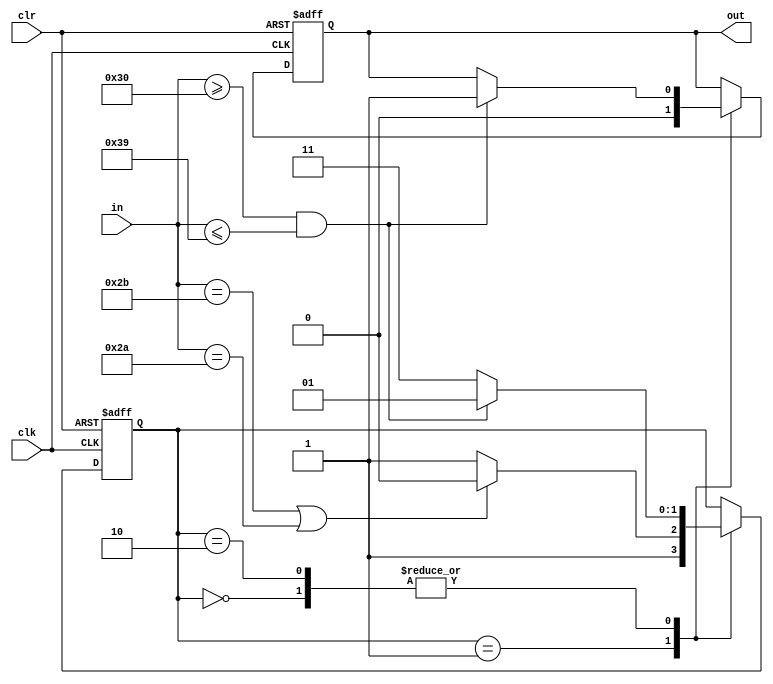
`timescale 1ns / 1ps
//////////////////////////////////////////////////////////////////////////////////
// Company: 
// Engineer: 
// 
// Design Name: 
// Module Name:    string 
// Project Name: 
// Target Devices: 
// Tool versions: 
// Description: 
//
// Dependencies: 
//
// Revision: 
// Revision 0.01 - File Created
// Additional Comments: 
//
//////////////////////////////////////////////////////////////////////////////////
module string(
    input clk,
    input clr,
    input [7:0] in,
    output reg out
    );

	parameter INIT = 2'b00, VALID = 2'b01, INVALID = 2'b10, FAIL = 2'b11;
	reg [1:0] st;

	initial begin
		out <= 0;
		st <= 0;
	end
	
	always @ (posedge clk or posedge clr) begin
		if (clr == 1) begin
			out <= 0;
			st <= 0;
		end
		else begin
			case (st)
				INIT: begin
					if (in >= "0" && in <= "9") begin
						st <= VALID;
						out <= 1;
					end
					else st <= FAIL;
				end
				VALID: begin
					if (in == "+" || in == "*") st <= INVALID;
					else st <= FAIL;
					out <= 0;
				end
				INVALID: begin
					if (in >= "0" && in <= "9") begin
						st <= VALID;
						out <= 1;
					end
					else st <= FAIL;
				end
			endcase
		end
	end

endmodule